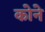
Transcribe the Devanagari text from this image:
काेने